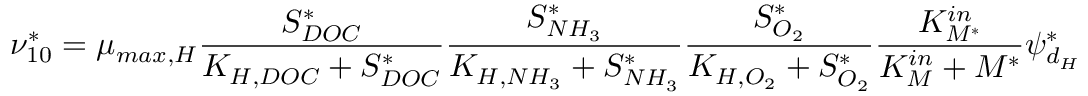
\nu _ { 1 0 } ^ { * } = \mu _ { m a x , H } \frac { S _ { D O C } ^ { * } } { K _ { H , D O C } + S _ { D O C } ^ { * } } \frac { S _ { N H _ { 3 } } ^ { * } } { K _ { H , N H _ { 3 } } + S _ { N H _ { 3 } } ^ { * } } \frac { S _ { O _ { 2 } } ^ { * } } { K _ { H , O _ { 2 } } + S _ { O _ { 2 } } ^ { * } } \frac { K _ { M ^ { * } } ^ { i n } } { K _ { M } ^ { i n } + M ^ { * } } \psi _ { d _ { H } } ^ { * }